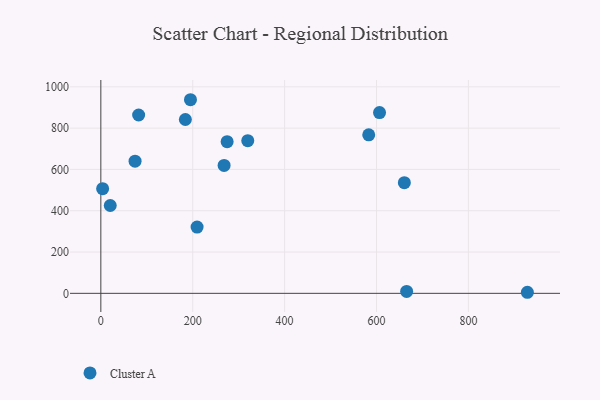
{"axis": {"x": "Speed", "y": "Profit"}, "legend": ["Cluster A"], "data": [{"x": "74.5", "y": 639.9, "type": "Cluster A"}, {"x": "82.3", "y": 863.5, "type": "Cluster A"}, {"x": "20.5", "y": 425.4, "type": "Cluster A"}, {"x": "660.6", "y": 535.6, "type": "Cluster A"}, {"x": "268.3", "y": 619.2, "type": "Cluster A"}, {"x": "319.8", "y": 739.1, "type": "Cluster A"}, {"x": "606.6", "y": 875.5, "type": "Cluster A"}, {"x": "184.0", "y": 841.8, "type": "Cluster A"}, {"x": "583.1", "y": 767.5, "type": "Cluster A"}, {"x": "3.9", "y": 506.7, "type": "Cluster A"}, {"x": "928.4", "y": 5.1, "type": "Cluster A"}, {"x": "209.5", "y": 320.8, "type": "Cluster A"}, {"x": "665.6", "y": 9.2, "type": "Cluster A"}, {"x": "274.9", "y": 734.3, "type": "Cluster A"}, {"x": "195.1", "y": 937.5, "type": "Cluster A"}]}